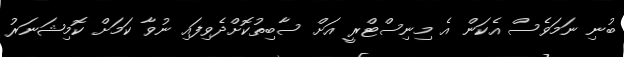
ބުނި ނަމަވެސް އެކަން އެ މިނިސްޓްރީ އަށް ސާބިތުކޮށްދެވިފައި ނުވާ ކަމަށް ކޮމިޝަނަރު